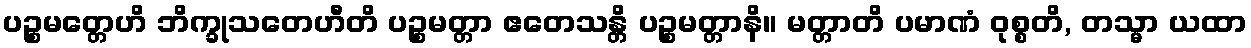
ပဉ္စမတ္တေဟိ ဘိက္ခုသတေဟီတိ ပဉ္စမတ္တာ ဧတေသန္တိ ပဉ္စမတ္တာနိ။ မတ္တာတိ ပမာဏံ ဝုစ္စတိ, တသ္မာ ယထာ